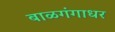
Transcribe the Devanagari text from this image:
बाळगंगाधर